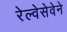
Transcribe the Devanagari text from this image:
रेल्वेसेवेने